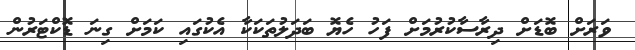
ވަރަށް ބޮޑަށް ދިރާސާކުރުމަށް ފަހު ހެޔޮ ބަދަލުތަކަކާ އެކުގައި ކަމަށް ގިނަ ޑޮކްޓަރުން